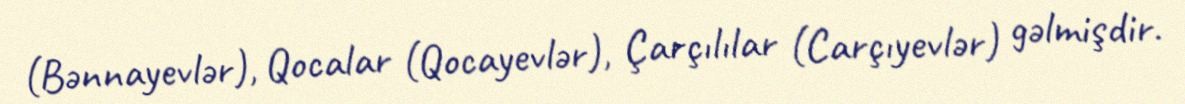
(Bənnayevlər), Qocalar (Qocayevlər), Çarçılılar (Carçıyevlər) gəlmişdir.